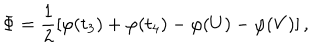
LaTeX: \Phi = \frac { 1 } { 2 } [ \varphi ( t _ { 3 } ) + \varphi ( t _ { 4 } ) - \varphi ( U ) - \varphi ( V ) ] \, ,